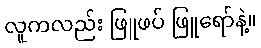
လူကလည်း ဖြူဖပ် ဖြူရော်နဲ့။